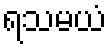
ရသမယံ